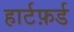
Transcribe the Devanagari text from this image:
हार्टफ़र्ड